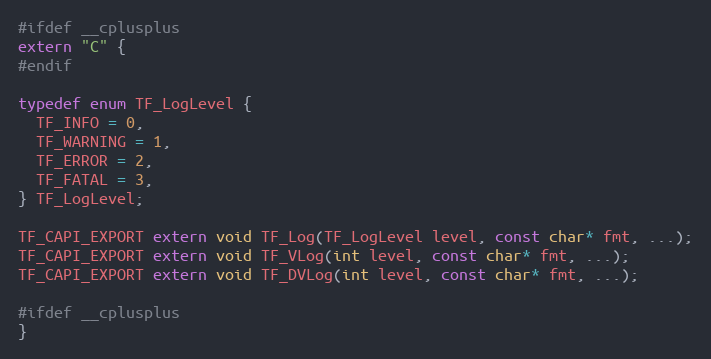
Language: C
#ifdef __cplusplus
extern "C" {
#endif

typedef enum TF_LogLevel {
  TF_INFO = 0,
  TF_WARNING = 1,
  TF_ERROR = 2,
  TF_FATAL = 3,
} TF_LogLevel;

TF_CAPI_EXPORT extern void TF_Log(TF_LogLevel level, const char* fmt, ...);
TF_CAPI_EXPORT extern void TF_VLog(int level, const char* fmt, ...);
TF_CAPI_EXPORT extern void TF_DVLog(int level, const char* fmt, ...);

#ifdef __cplusplus
}